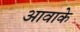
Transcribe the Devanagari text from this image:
आवाके